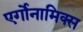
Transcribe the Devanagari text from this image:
एर्गोनामिक्स